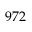
9 7 2